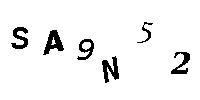
SA9N52